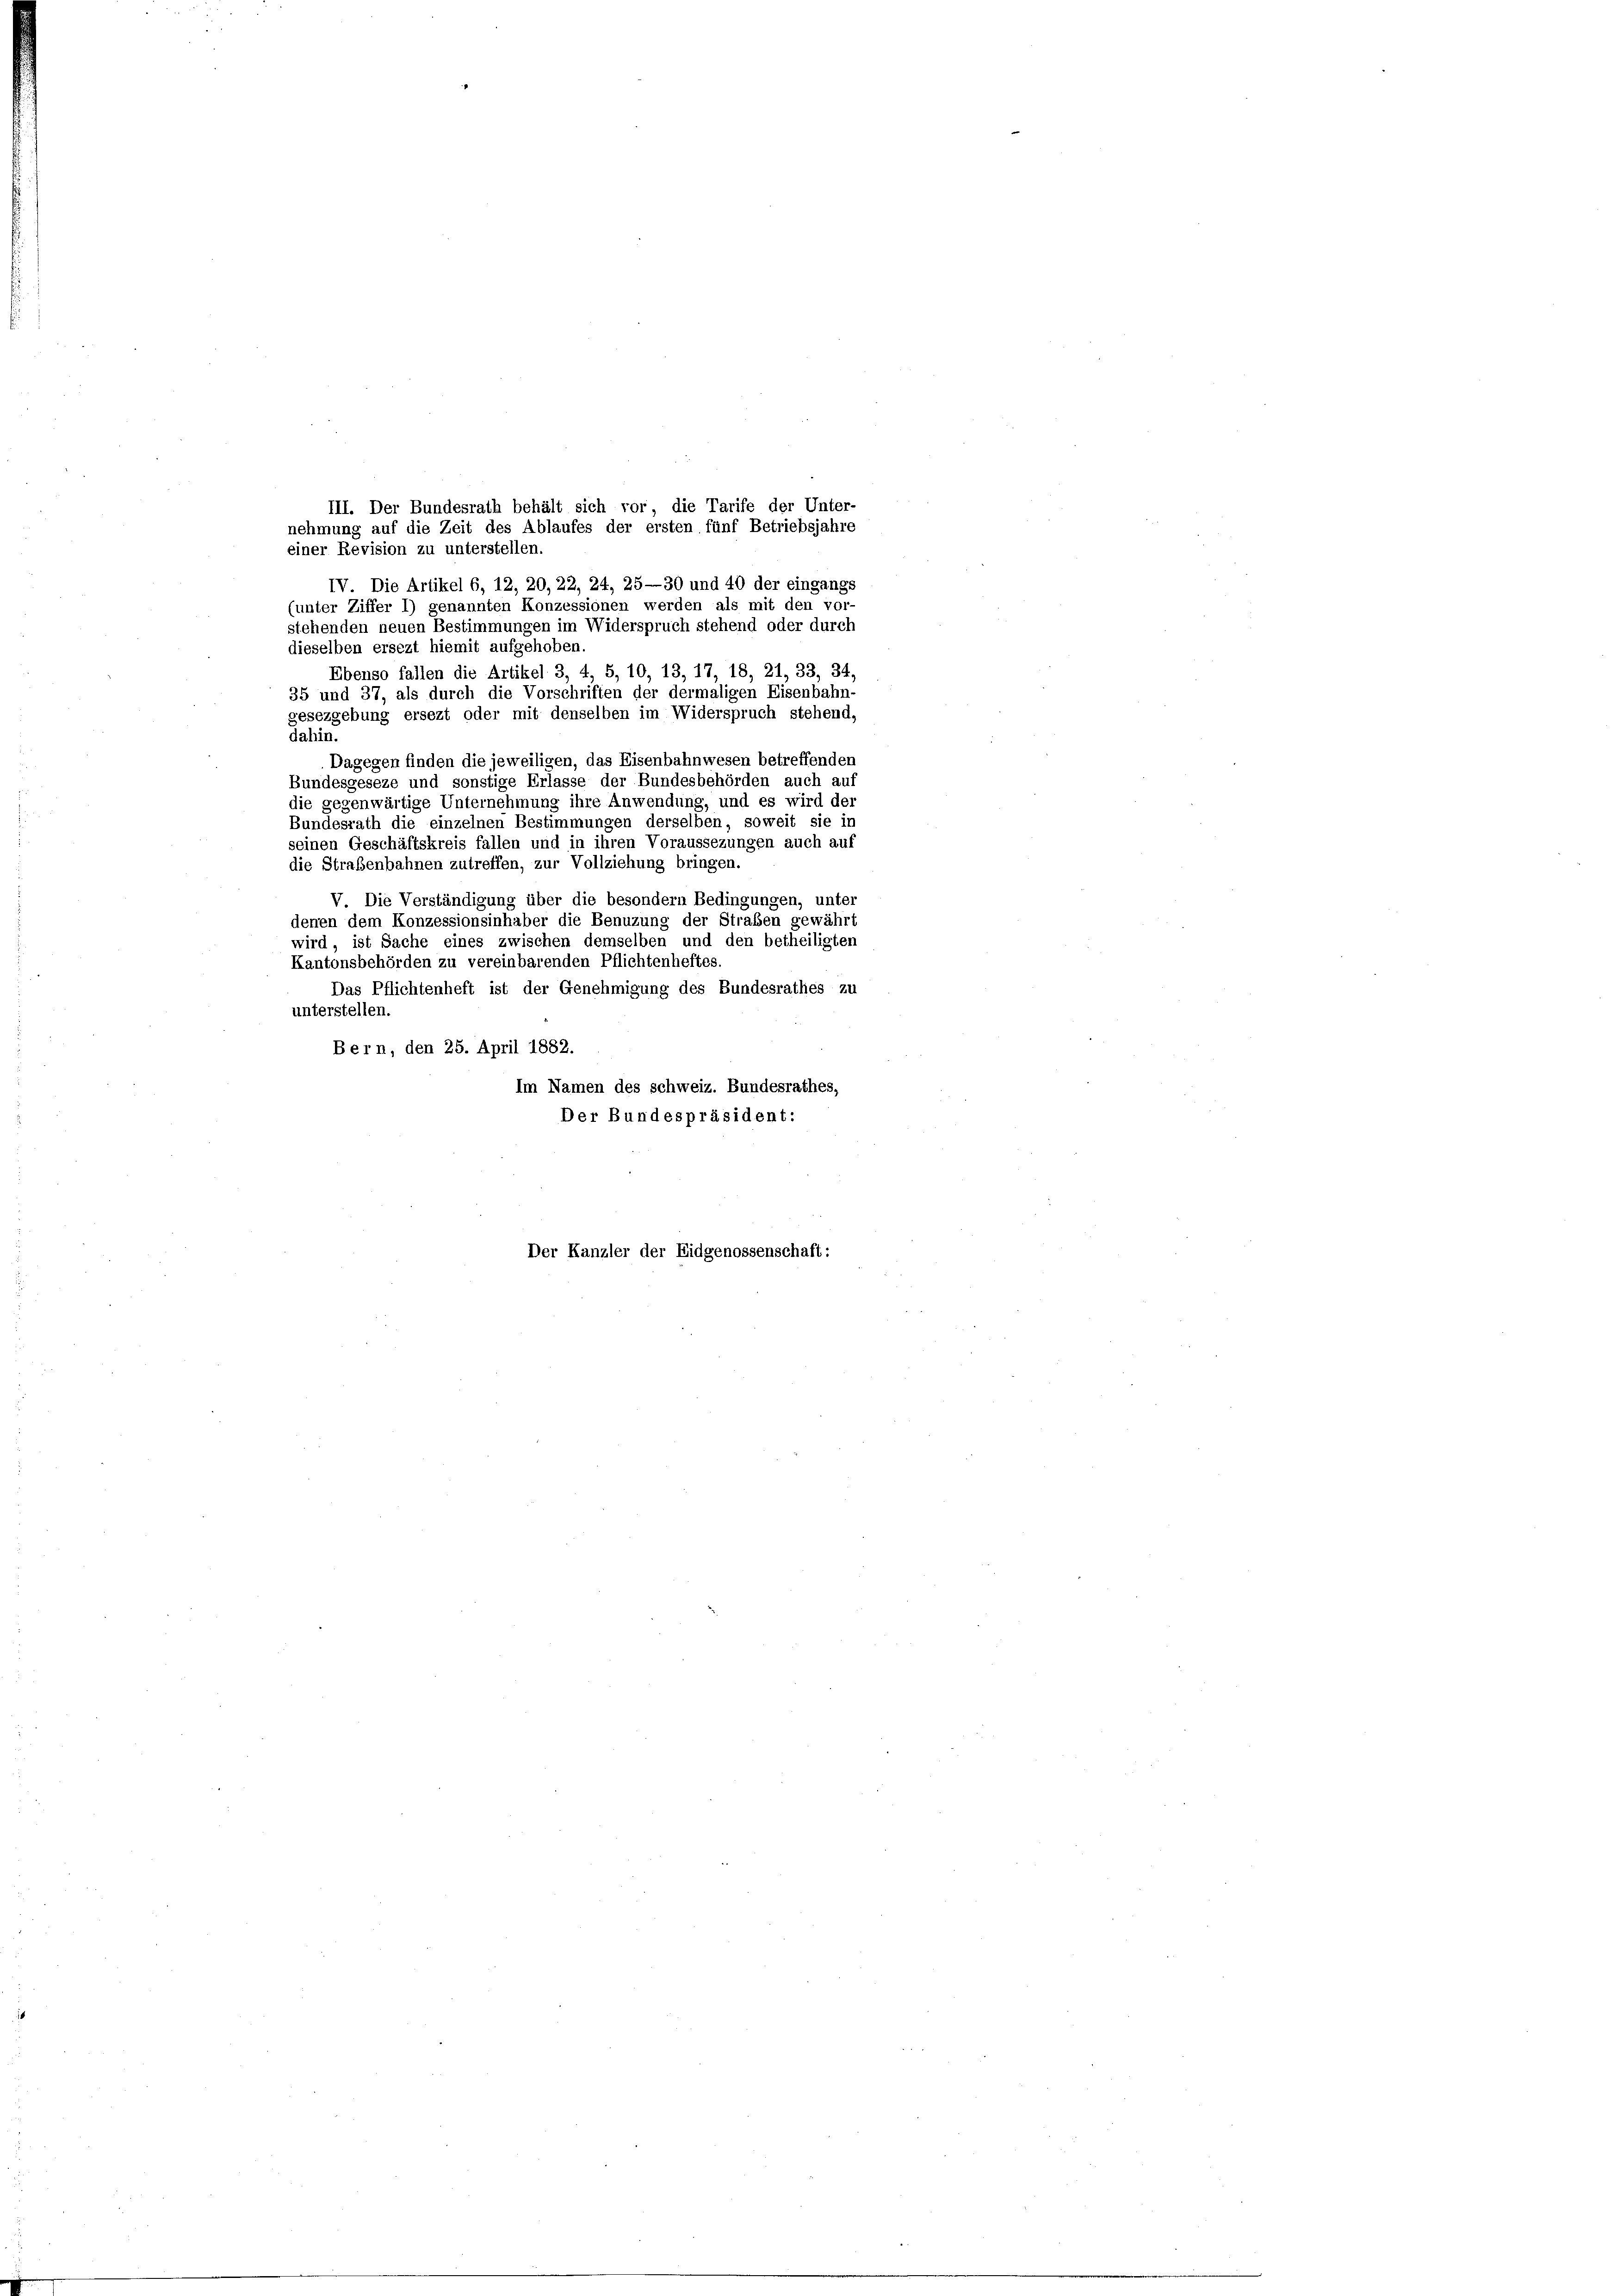
III. Der Bundesrath behält sich vor, die Tarife der Unter-
nehmung auf die Zeit des Ablaufes der ersten fünf Betriebsjahre
einer Revision zu unterstellen.
IV Die Artikel 6, 12, 20, 22, 24, 25—30 und 40 der eingangs
(unter Ziffer 1) genannten Konzessionen werden als mit den vor-
stehenden neuen Bestimmungen im Widerspruch stehend oder durch
dieselben ersezt hiemit aufgehoben
Ebenso fallen die Artikel 3, 4, 5, 10, 13, 17, 18, 21, 33, 34,
35 und 37, als durch die Vorschriften der dermaligen Eisenbahn-
gesezgebung ersezt oder mit denselben im Widerspruch stehend,
dahin.
Dagegen finden die jeweiligen, das Eisenbahnwesen betreffenden
Bundesgeseze und sonstige Erlasse der Bundesbehörden auch auf
die gegenwärtige Unternehmung ihre Anwendung, und es wird der
Bundesrath die einzelnen Bestimmungen derselben, soweit sie in
seinen Geschäftskreis fallen und in ihren Voraussezungen auch auf
die Straßenbahnen zutreffen, zur Vollziehung bringen.
V. Die Verständigung über die besondern Bedingungen, unter
denen dem Konzessionsinhaber die Benuzung der Straßen gewährt
wird, ist Sache eines zwischen demselben und den betheiligten
Kantonsbehörden zu vereinbarenden Pflichtenheftes
Das Pflichtenheft ist der Genehmigung des Bundesrathes zu
unterstellen.
Bern, den 25. April 1882.
Im Namen des schweiz. Bundesrathes,
Der Bundespräsident:
Der Kanzler der Eidgenossenschaft: